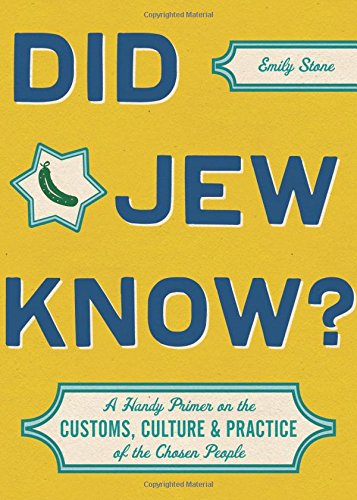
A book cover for Did Jew Know?: A Handy Primer on the Customs, Culture & Practice of the Chosen People; Emily Stone; Humor & Entertainment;